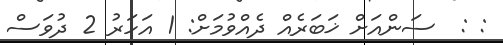
: :  ސަންއަށް ޚަބަރެއް ދެއްވުމަށް: 1 އަހަރު 2 ދުވަސް